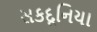
સકદૂનિયા